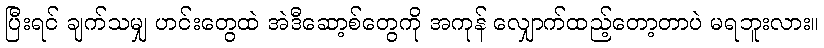
ပြီးရင် ချက်သမျှ ဟင်းတွေထဲ အဲဒီဆော့စ်တွေကို အကုန် လျှောက်ထည့်တော့တာပဲ မရဘူးလား။